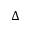
\Delta